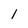
Character: l